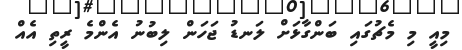
މިއީ މި މެޗުގައި ބަންގާޅަށް ލަނޑު ޖަހަން ލިބުނު އެންމެ ރީތި އެއް